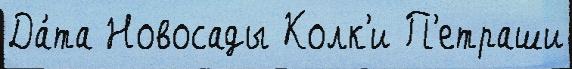
Да́та Новосады Колк'и П'етраши